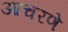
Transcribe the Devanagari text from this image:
आचरणे